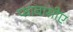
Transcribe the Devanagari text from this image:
फाबासीए